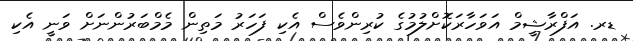
ޑރ. އަފްރާޝީމް އަވަހާރަކޮށްލުމުގެ ކުރިންވެސް އެކި ފަހަރު މަތިން މެމްބަރުންނަށް ވަނީ އެކި